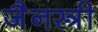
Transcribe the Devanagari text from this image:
जैनस्त्री